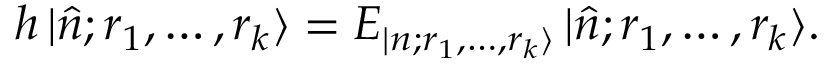
h \, | \hat { n } ; r _ { 1 } , \ldots , r _ { k } \rangle = E _ { | n ; r _ { 1 } , \ldots , r _ { k } \rangle } \, | \hat { n } ; r _ { 1 } , \ldots , r _ { k } \rangle .